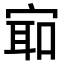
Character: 𫳛